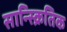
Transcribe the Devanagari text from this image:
सान्स्क्रितिक